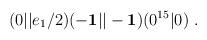
LaTeX: \begin{align*}(0\vert\vert e_1/2)(-{\bf 1}\vert\vert -{\bf 1})(0^{15} \vert 0)~.\end{align*}